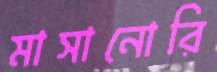
মাসানোরি